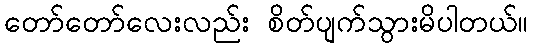
တော်တော်လေးလည်း စိတ်ပျက်သွားမိပါတယ်။